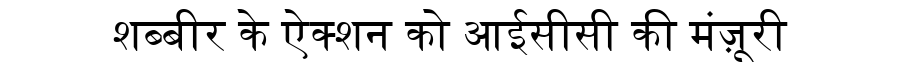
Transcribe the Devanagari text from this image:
शब्बीर के ऐक्शन को आईसीसी की मंज़ूरी